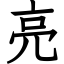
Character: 亮